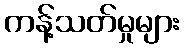
ကန့်သတ်မှုများ